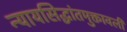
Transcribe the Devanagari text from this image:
न्यायसिद्धांतमुक्तावली